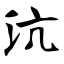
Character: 沆